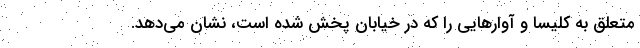
متعلق به کلیسا و آوارهایی را که در خیابان پخش شده است، نشان می‌دهد.